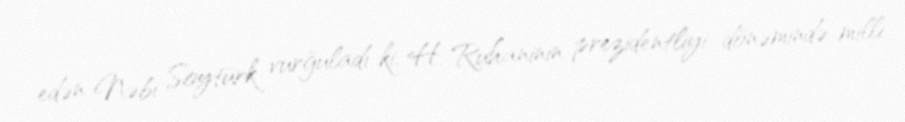
edən Nəbi Soytürk vurğuladı ki, H. Ruhaninin prezidentliyi dönəmində milli